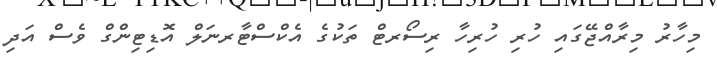
މިހާރު މިރާއްޖޭގައި ހުރި ހުރިހާ ރިސޯރޓް ތަކުގެ އެކްސްޓާރނަލް އޮޑިޓިންގް ވެސް އަދި